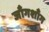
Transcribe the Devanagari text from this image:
जाँगशाँग